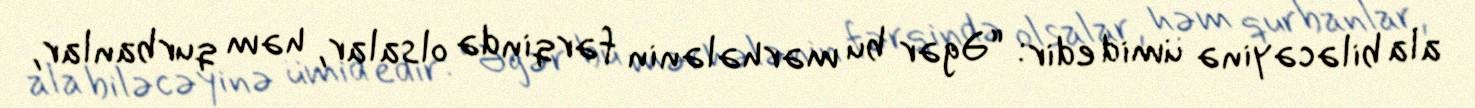
ala biləcəyinə ümid edir: “Əgər bu mərhələnin fərqində olsalar, həm qurbanlar,